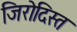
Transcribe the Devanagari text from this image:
जिरोदिस्त